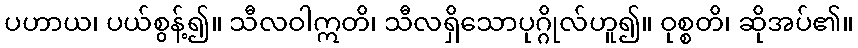
ပဟာယ၊ ပယ်စွန့်၍။ သီလဝါဣတိ၊ သီလရှိသောပုဂ္ဂိုလ်ဟူ၍။ ဝုစ္စတိ၊ ဆိုအပ်၏။